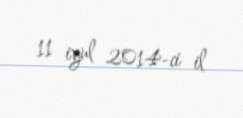
11 iyul 2014-ci il